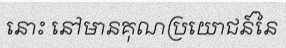
នោះ នៅមានគុណប្រយោជន៍នៃ